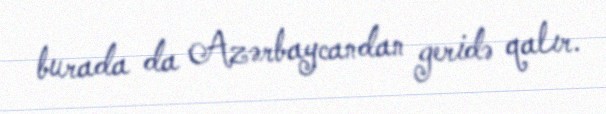
burada da Azərbaycandan geridə qalır.